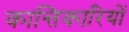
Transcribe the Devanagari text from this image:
कान्तिकारियों